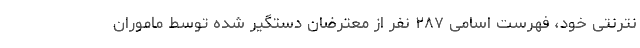
نترنتی خود، فهرست اسامی ۲۸۷ نفر از معترضان دستگیر شده توسط ماموران